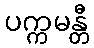
ပက္ကမန္တီ